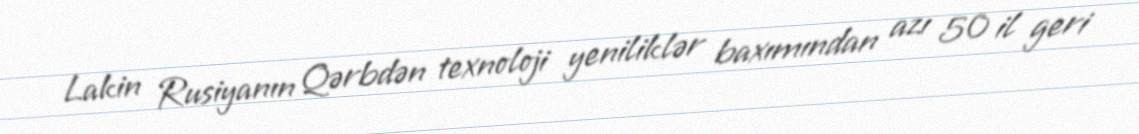
Lakin Rusiyanın Qərbdən texnoloji yeniliklər baxımından azı 50 il geri